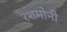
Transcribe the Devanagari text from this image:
रशमोनी